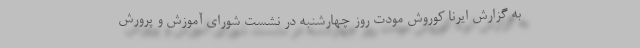
به گزارش ایرنا کوروش مودت روز چهارشنبه در نشست شورای آموزش و پرورش